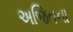
અજિતના